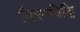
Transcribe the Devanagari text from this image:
विषमविद्धि